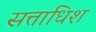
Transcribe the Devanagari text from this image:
सत्ताधिश